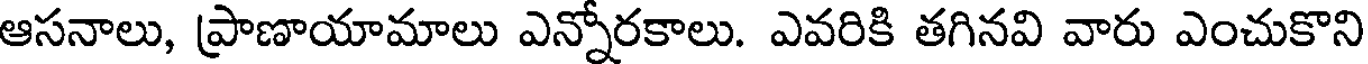
ఆసనాలు, ప్రాణాయామాలు ఎన్నోరకాలు. ఎవరికి తగినవి వారు ఎంచుకొని